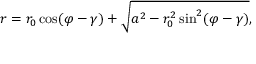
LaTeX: r = r _ { 0 } \cos ( \varphi - \gamma ) + { \sqrt { a ^ { 2 } - r _ { 0 } ^ { 2 } \sin ^ { 2 } ( \varphi - \gamma ) } } ,